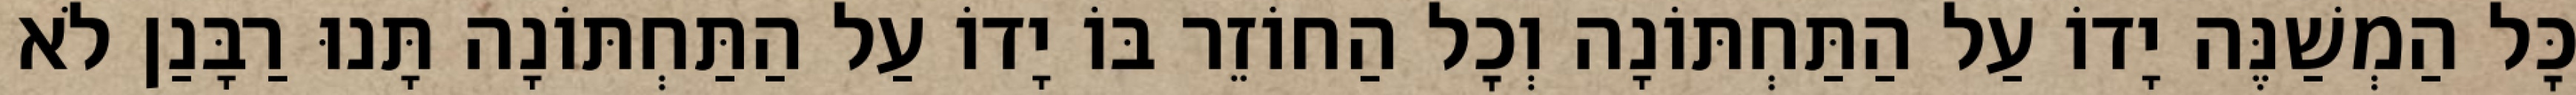
כׇּל הַמְשַׁנֶּה יָדוֹ עַל הַתַּחְתּוֹנָה וְכׇל הַחוֹזֵר בּוֹ יָדוֹ עַל הַתַּחְתּוֹנָה תָּנוּ רַבָּנַן לֹא